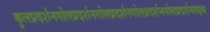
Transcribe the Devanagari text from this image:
कुलप्रदर्शनगोलप्रदर्शनगोलप्रदर्शनगोलप्रदर्शनगोलप्रदर्शनलक्ष्य